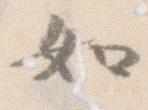
如